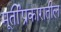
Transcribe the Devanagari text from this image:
मूर्तीप्रकारातील